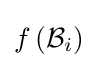
f\left({\mathcal {B}}_{i}\right)